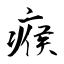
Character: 瘊